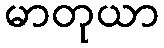
မာတုယာ